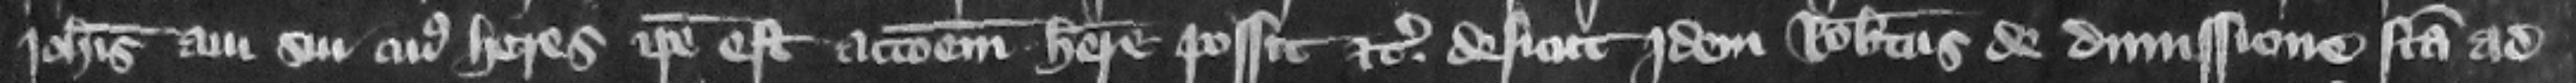
Iohannis aui sui cuius heres ipse est accionem habere possit etc. desicut jdem Robertus de dimissione facta ad